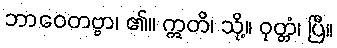
ဘာဝေတဗ္ဗာ၊ ၏။ ဣတိ၊ သို့။ ဝုတ္တံ၊ ပြီ။